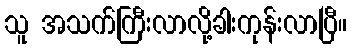
သူ အသက်ကြီးလာလို့ခါးကုန်းလာပြီ။